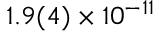
1 . 9 ( 4 ) \times 1 0 ^ { - 1 1 }